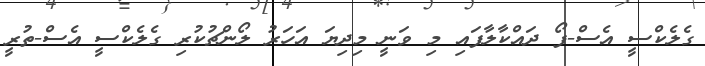
ގެލެކްސީ އެސް-ފޯ ދައްކާލާފައި މި ވަނީ މިދިޔަ އަހަރު ލޯންޗުކުރި ގެލެކްސީ އެސް-ތުރީ